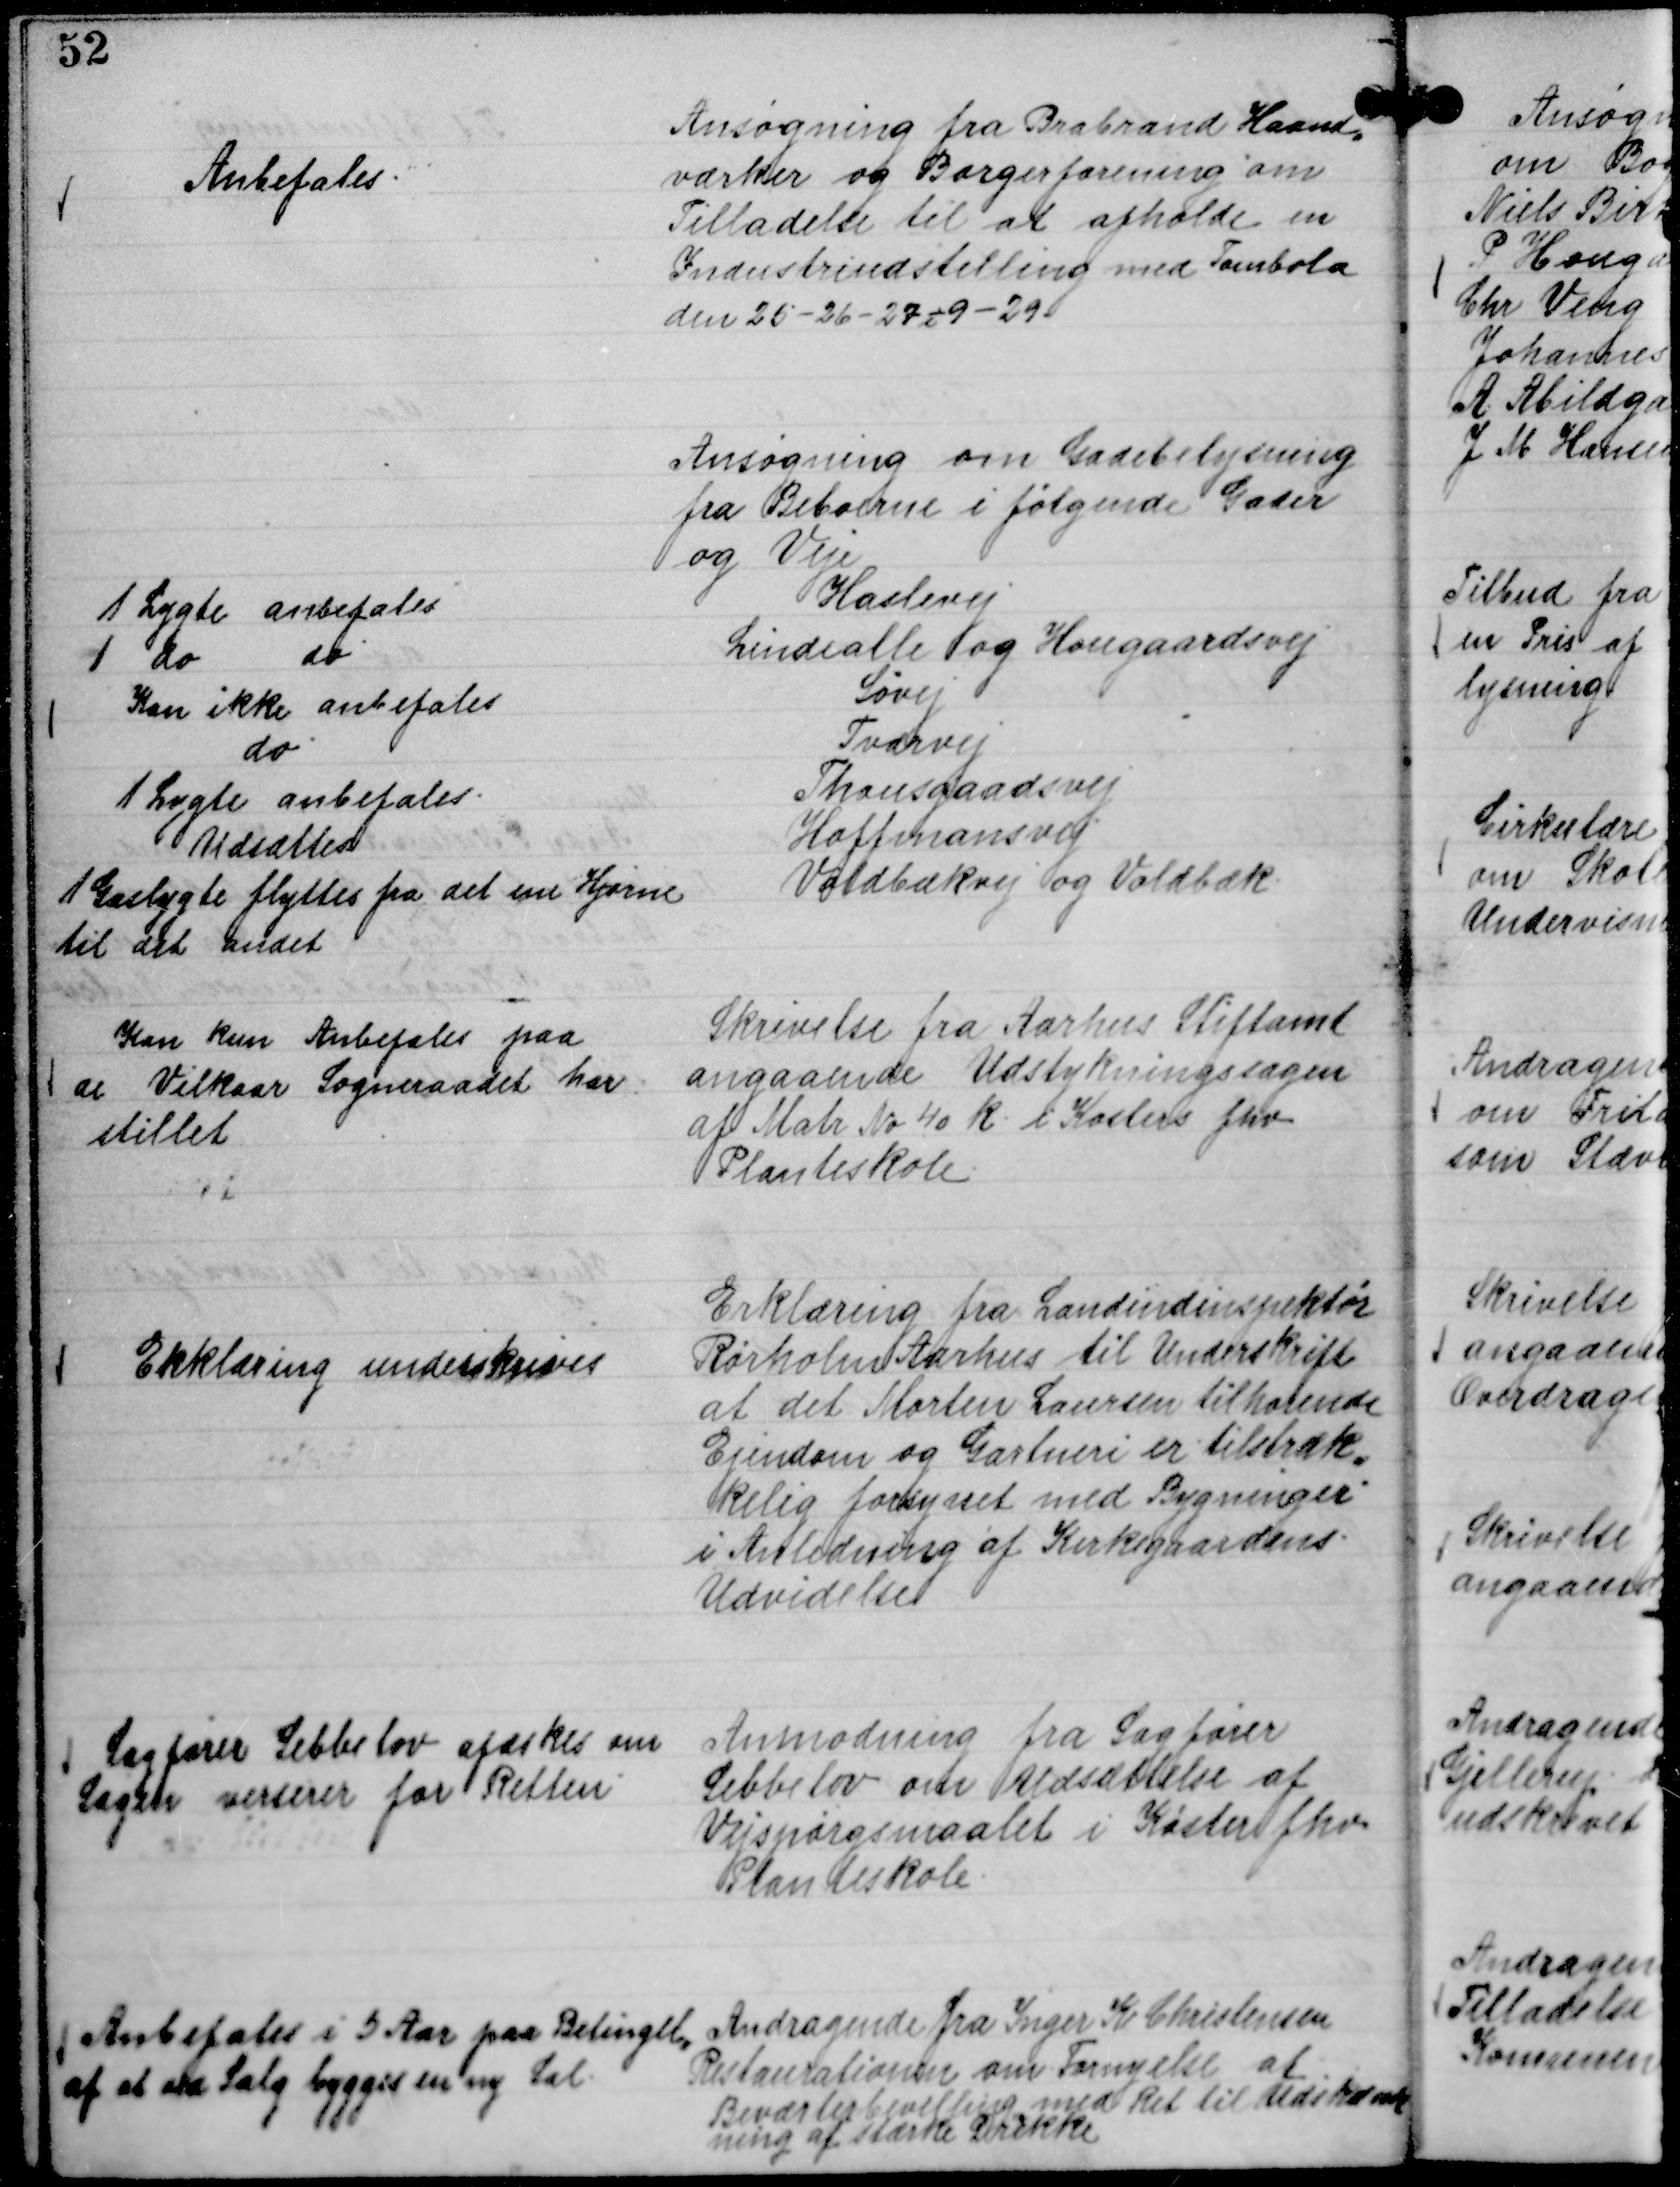
Transskription:
Ansøgning fra Brabrand Haand,,
værker og Borgerforening om
Tilladelse til at afholde en
Industriudstilling med Tombola
den 25 - 26 - 27 - 9-29.

Anbefales.

Ansøgning om Gadebelysning
fra Beboerne i følgende Gader
og Veje
Haslevej
1 Lygte anbefales
Lindealle og Hougaardsvej
1 do
do
Søvej
Kan ikke anbefales
Tværvej
do
Thousgaardsvej
1 Lygte anbefales.
Hoffmansvej
Udsættes
Voldbækvej og Voldbæk.
1 Gaslygte flyttes fra det ene Hjørne
til det andet

Skrivelse fra Aarhus Stiftamt
angaaende Udstykningssagen
af Matr No 40 k i Køsters fhv
Planteskole.

Kan kun Anbefales paa
de Vilkaar Sogneraadet har
stillet

Erklæring fra Landindinspektør
Rørholm Aarhus til Underskrift
at det Morten Laursen tilhørende
Ejendom og Gartneri er tilstræk,,
kelig forsynet med Bygninger
i Anledning af Kirkegaardens
Udvidelse

Erklæring underskrives

Anmodning fra Sagfører
Sebbelov om Udsættelse af
Vejspørgsmaalet i Køsters fhv
Planteskole.

Sagfører Sebbelov afæskes om
Sagen verserer for Retten

Andragende fra Inger K Christensen
Restaurationen om Fornyelse af
Beværterbevilling med Ret til Udskænk
ning af stærke Drikke.

Anbefales i 5 Aar paa Betingelse
af at ved Salg bygges en ny Sal.